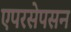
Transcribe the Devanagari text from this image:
एपरसेपसन